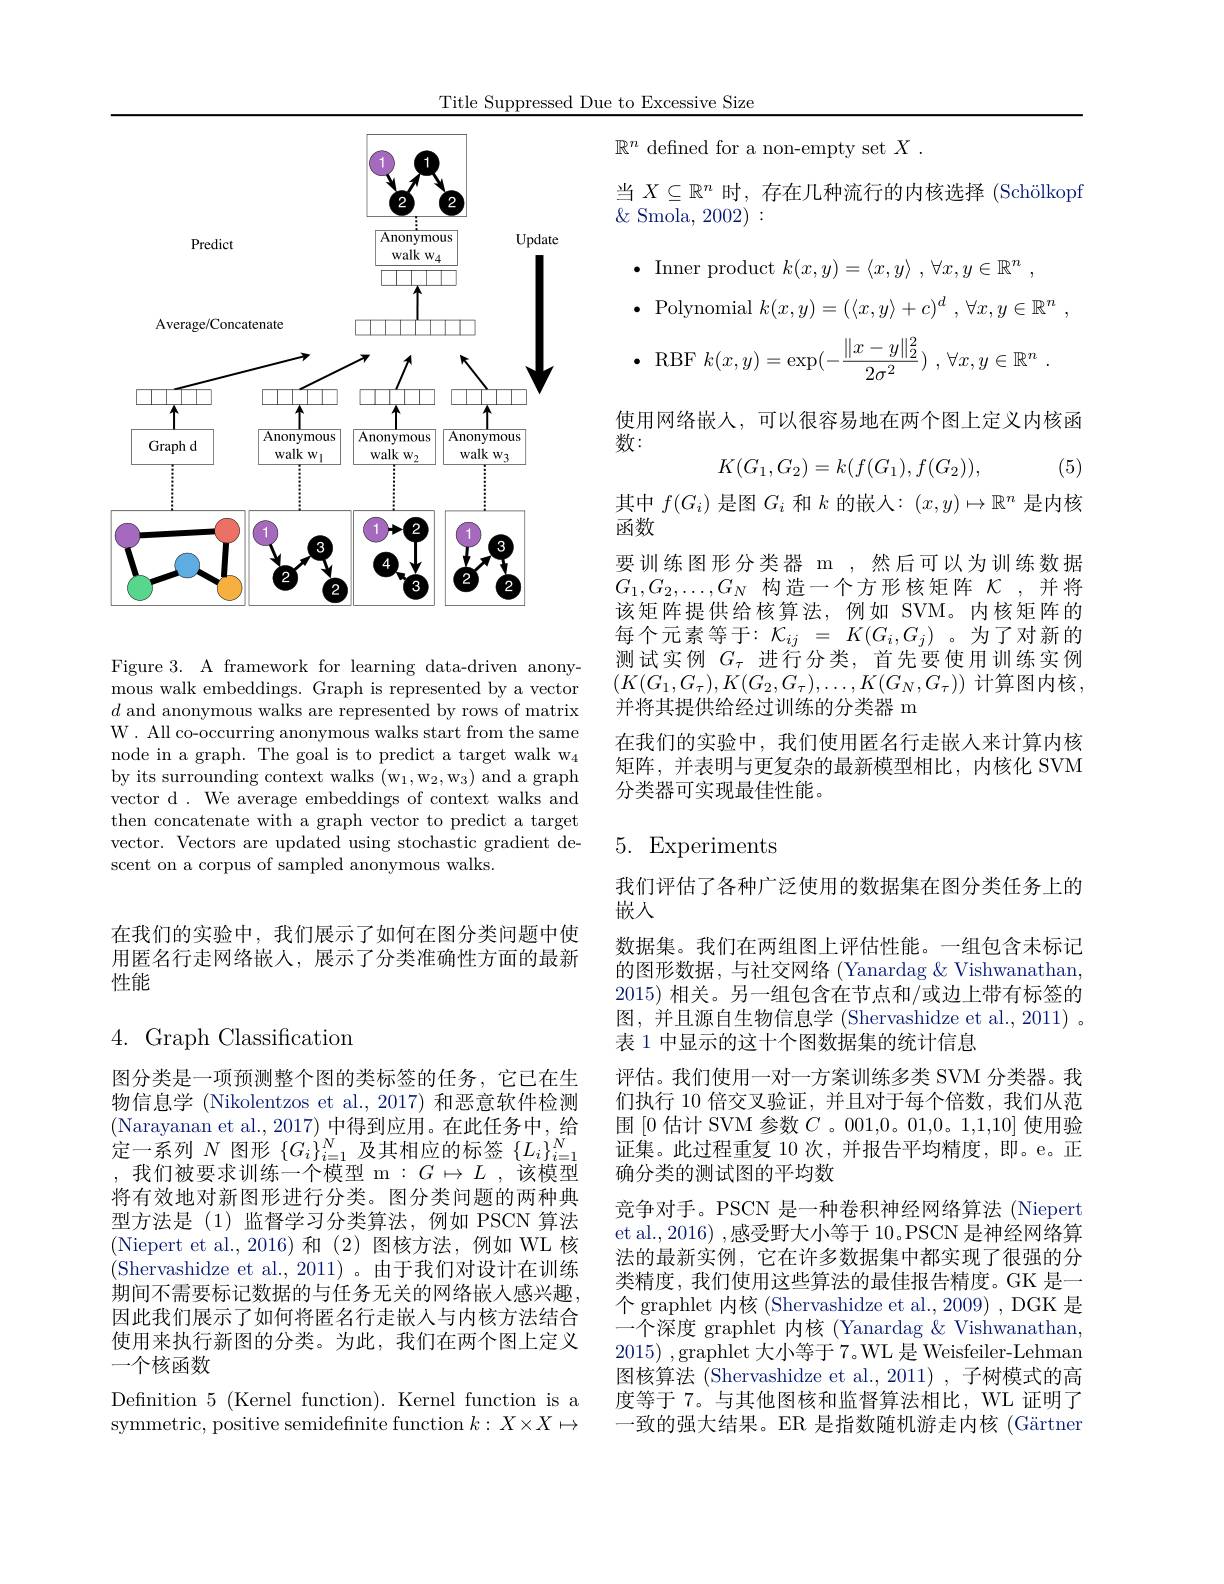
Title Suppressed Due to Excessive Size

在我们的实验中，我们展示了如何在图分类问题中使用匿名行走网络嵌人，展示了分类准确性方面的最新性能

$4.{\mathrm{~Graph~Classification}}$

图分类是一项预测整个图的类标签的任务，它已在生物信息学 (Nikolentzos et al., 2017) 和恶意软件检测(Narayanan et al., 2017) 中得到应用。在此任务中，给定一系列$N$图形$\{G_i\}_i=1^N$及其相应的标签$\{L_i\}_{i=1}^N$ ,我们被要求训练一个模型 m$:G\mapsto L$,该模型将有效地对新图形进行分类。图分类问题的两种典型方法是 (1)监督学习分类算法，例如 PSCN 算法(Niepert et al.,2016)和(2)图核方法，例如 WL 核(Shervashidze et al., 2011)。由于我们对设计在训练期间不需要标记数据的与任务无关的网络嵌入感兴趣， 因此我们展示了如何将匿名行走嵌入与内核方法结合使用来执行新图的分类。为此，我们在两个图上定义一个核函数
Defnition $5\allowbreak ( {\mathrm{mod}} $Kernel function) . Kernel function is a) symmetric, positive semidefnite function $k:X\times X\mapsto$

<FigureHere>

Figure 3. A framework for learning data-driven anonymous walk embeddings. Graph is represented by a vector $d$ and anonymous walks are represented by rows of matrix W . All co-occurring anonymous walks start from the same node in a graph. The goal is to predict a target walk w$_4$ by its surrounding context walks (w$_1,\mathrm{w}_2,\mathrm{w}_3)$ and a graph vector d . We average embeddings of context walks and then concatenate with a graph vector to predict a target vector. Vectors are updated using stochastic gradient descent on a corpus of sampled anonymous walks.

$\mathbb{R}^n$ defined for a non-empty set $X.$
当$X\subseteq\mathbb{R}^n$时，存在几种流行的内核选择 (Schölkopf
$\&$ Smola, 2002):
$\bullet$ Inner product $k( x, y) = \langle x, y\rangle$ $, \forall x, y\in \mathbb{R} ^n$ ,
$\bullet$ Polynomial $k(x,y)=(\langle x,y\rangle+c)^d,\forall x,y\in\mathbb{R}^n$
$$k(x,y)=\exp(-\frac{\|x-y\|_2^2}{2\sigma^2})\:,\:\forall x,y\in\mathbb{R}^n\:.$$
使用网络嵌人，可以很容易地在两个图上定义内核函

数：

(5)
$$K(G_1,G_2)=k(f(G_1),f(G_2)),$$
其中$f(G_i)$是图$G_i$和$k$的嵌入：$(x,y)\mapsto\mathbb{R}^n$是内核
函数
要训练图形分类器 m ,然后可以为训练数据$G_{1},G_{2},\ldots,G_{N}$ 构造一个方形核矩阵$\kappa$,并将该矩阵提供给核算法，例如 SVM。内核矩阵的每个元素等于：$\mathcal{K}_ij=K(G_i,G_j)$。为了对新的测试实例$G_\tau$进行分类，首先要使用训练实例$(K(G_1,G_\tau),K(G_2,G_\tau),\ldots,K(G_N,G_\tau))$ 计算图内核， 并将其提供给经过训练的分类器 m
在我们的实验中，我们使用匿名行走嵌人来计算内核矩阵，并表明与更复杂的最新模型相比，内核化 SVM 分类器可实现最佳性能。

# 5. Experiments

我们评估了各种广泛使用的数据集在图分类任务上的
嵌人
数据集。我们在两组图上评估性能。一组包含未标记的图形数据，与社交网络 (Yanardag &Vishwanathan, 2015)相关。另一组包含在节点和/或边上带有标签的图，并且源自生物信息学 (Shervashidze et al.,2011)。表 1 中显示的这十个图数据集的统计信息
评估。我们使用一对一方案训练多类 SVM 分类器。我们执行 10 倍交叉验证，并且对于每个倍数，我们从范围[0 估计 SVM 参数$C$ 。001,0。01,0。1,1,10] 使用验证集。此过程重复 10 次，并报告平均精度，即。e。正确分类的测试图的平均数
竞争对手。PSCN 是一种卷积神经网络算法 (Niepert et al., 2016) ,感受野大小等于 10。PSCN 是神经网络算法的最新实例，它在许多数据集中都实现了很强的分类精度，我们使用这些算法的最佳报告精度。GK 是一个 graphlet 内核 (Shervashidze et al., 2009) , DGK 是一个深度 graphlet 内核 (Yanardag &Vishwanathan, 2015) ,graphlet 大小等于7。WL 是 Weisfeiler-Lehman 图核算法 (Shervashidze et al., 2011) , 子树模式的高度等于 7。与其他图核和监督算法相比，WL 证明了一致的强大结果。ER 是指数随机游走内核 (Gärtner